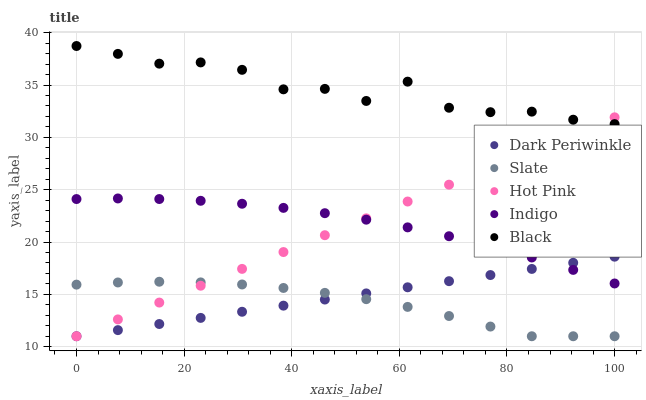
| xaxis_label | Dark Periwinkle | Slate | Hot Pink | Indigo | Black |
 | --- | --- | --- | --- | --- | --- |
 | 0 | 11 | 15.9 | 11 | 24.1 | 38.7 |
 | 7.69 | 11.6 | 16.1 | 12.6 | 24.2 | 38 |
 | 15.4 | 12.2 | 16.2 | 14.2 | 24.1 | 37 |
 | 23.1 | 12.8 | 16.1 | 15.8 | 23.9 | 37.2 |
 | 30.8 | 13.3 | 15.9 | 17.4 | 23.7 | 36.5 |
 | 38.5 | 13.9 | 15.6 | 19 | 23.3 | 34.6 |
 | 46.2 | 14.5 | 15.1 | 20.7 | 22.8 | 34.6 |
 | 53.8 | 15.1 | 14.5 | 22.3 | 22.1 | 33.5 |
 | 61.5 | 15.7 | 13.8 | 23.9 | 21.4 | 35.3 |
 | 69.2 | 16.3 | 12.9 | 25.5 | 20.6 | 32.8 |
 | 76.9 | 16.8 | 11.9 | 27.1 | 19.6 | 32.4 |
 | 84.6 | 17.4 | 11 | 28.7 | 18.5 | 32.5 |
 | 92.3 | 18 | 11 | 30.3 | 17.3 | 31.7 |
 | 100 | 18.6 | 11 | 31.9 | 16 | 31.3 |